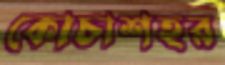
কোচাশহর